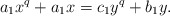
\begin{align*}a_1 x^q + a_1 x = c_1 y^q + b_1 y.\end{align*}